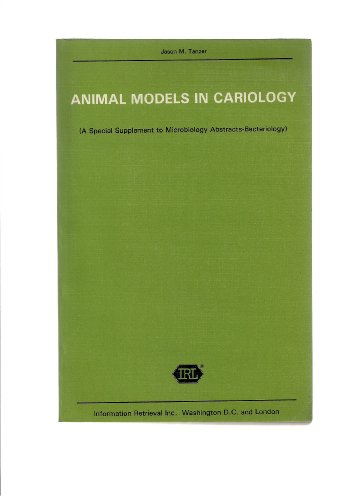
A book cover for Animal Models in Cariology: Symposium and Workshop Proceedings; Medical Books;